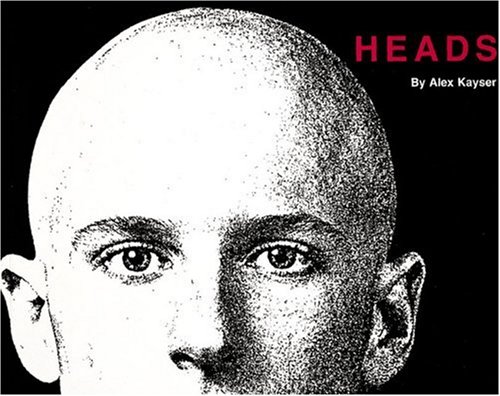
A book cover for Heads; Health, Fitness & Dieting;